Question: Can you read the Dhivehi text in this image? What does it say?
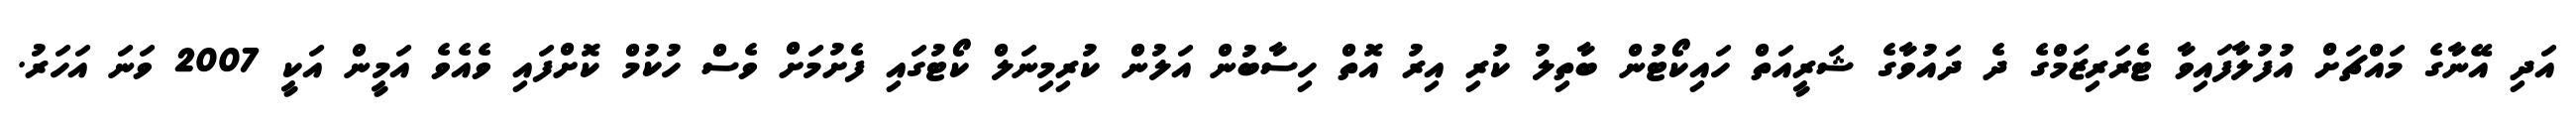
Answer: އަދި އޭނާގެ މައްޗަށް އުފުލާފައިވާ ޓެރަރިޒަމްގެ ދެ ދައުވާގެ ޝަރީއަތް ހައިކޯޓުން ބާތިލު ކުރި އިރު އޮތް ހިސާބުން އަލުން ކުރިމިނަލް ކޯޓުގައި ފެށުމަށް ވެސް ހުކުމް ކޮށްފައި ވެއެވެ އަމީން އަކީ 2007 ވަނަ އަހަރު.